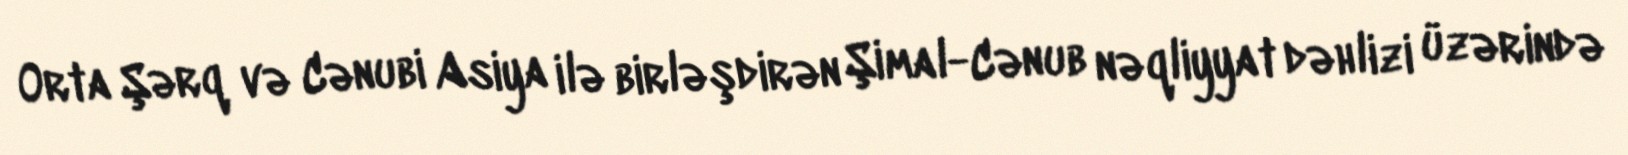
Orta Şərq və Cənubi Asiya ilə birləşdirən Şimal-Cənub nəqliyyat dəhlizi üzərində